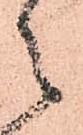
之